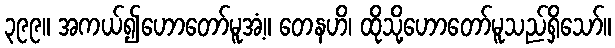
၃၉၉။ အကယ်၍ဟောတော်မူအံ့။ တေနဟိ၊ ထိုသို့ဟောတော်မူသည်ရှိသော်။